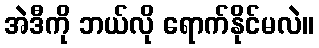
အဲဒီကို ဘယ်လို ရောက်နိုင်မလဲ။